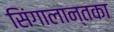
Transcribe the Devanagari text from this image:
सिंगालान्तका